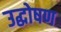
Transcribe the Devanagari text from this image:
उद्घोषण